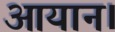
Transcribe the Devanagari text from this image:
आयान।